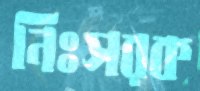
নিঃসরক